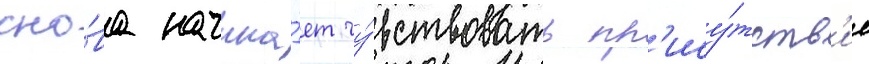
сно́ва начина́ет чу́вствовать пр'ису́тств'ие